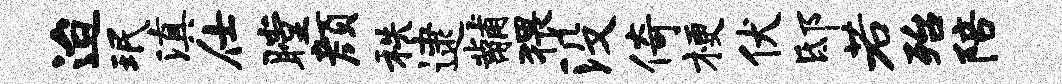
迨珉滇仕瞠颜秩逮黼猥没倚梗伏邸若殆陪